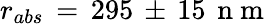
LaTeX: r_{abs}\, =\, 295\, \pm\, 15\, \mathrm{~n~m~}